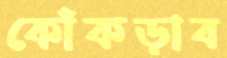
কোঁকড়াব